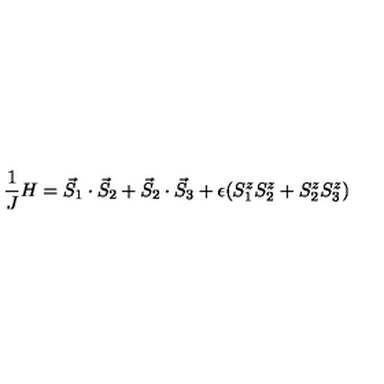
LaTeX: \frac { 1 } { J } H = \vec { S } _ { 1 } \cdot \vec { S } _ { 2 } + \vec { S } _ { 2 } \cdot \vec { S } _ { 3 } + \epsilon ( S _ { 1 } ^ { z } S _ { 2 } ^ { z } + S _ { 2 } ^ { z } S _ { 3 } ^ { z } )